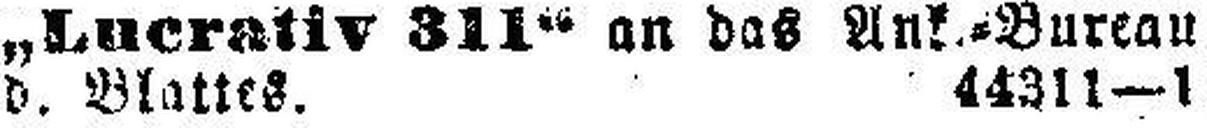
d. Blattes. 44311—1